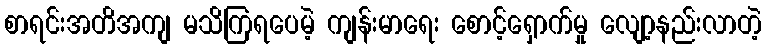
စာရင်းအတိအကျ မသိကြရပေမဲ့ ကျန်းမာရေး စောင့်ရှောက်မှု လျော့နည်းလာတဲ့